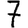
Digit: 7